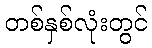
တစ်နှစ်လုံးတွင်